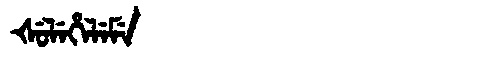
Manchu: ᡧᡠᠯᡝᡥᡝᠯᡝᠮᡝ
Romanization: ŠULEHELEME